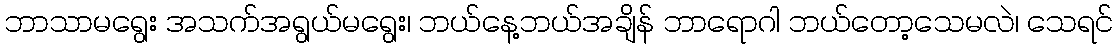
ဘာသာမရွေး အသက်အရွယ်မရွေး၊ ဘယ်နေ့ဘယ်အချိန် ဘာရောဂါ ဘယ်တော့သေမလဲ၊ သေရင်